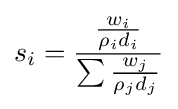
s_{i}={\frac {\frac {w_{i}}{\rho _{i}d_{i}}}{\sum {\frac {w_{j}}{\rho _{j}d_{j}}}}}